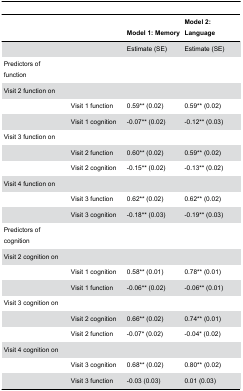
|  |  | Model 1: Memory | Model 2: Language |
 | --- | --- | --- | --- |
 |  |  | Estimate (SE) | Estimate (SE) |
 | Predictors of function |  |  |  |
 | Visit 2 function on |  |  |  |
 |  | Visit 1 function | 0.59** (0.02) | 0.59** (0.02) |
 |  | Visit 1 cognition | -0.07** (0.02) | -0.12** (0.03) |
 | Visit 3 function on |  |  |  |
 |  | Visit 2 function | 0.60** (0.02) | 0.59** (0.02) |
 |  | Visit 2 cognition | -0.15** (0.02) | -0.13** (0.02) |
 | Visit 4 function on |  |  |  |
 |  | Visit 3 function | 0.62** (0.02) | 0.62** (0.02) |
 |  | Visit 3 cognition | -0.18** (0.03) | -0.19** (0.03) |
 | Predictors of cognition |  |  |  |
 | Visit 2 cognition on |  |  |  |
 |  | Visit 1 cognition | 0.58** (0.01) | 0.78** (0.01) |
 |  | Visit 1 function | -0.06** (0.02) | -0.06** (0.01) |
 | Visit 3 cognition on |  |  |  |
 |  | Visit 2 cognition | 0.66** (0.02) | 0.74** (0.01) |
 |  | Visit 2 function | -0.07* (0.02) | -0.04* (0.02) |
 | Visit 4 cognition on |  |  |  |
 |  | Visit 3 cognition | 0.68** (0.02) | 0.80** (0.02) |
 |  | Visit 3 function | -0.03 (0.03) | 0.01 (0.03) |